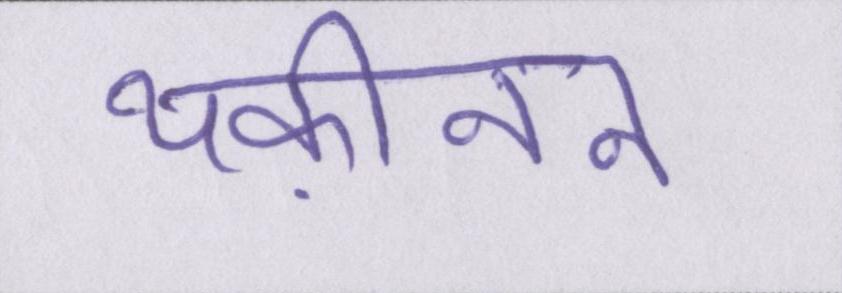
यक़ीनन